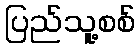
ပြည်သူ့စစ်